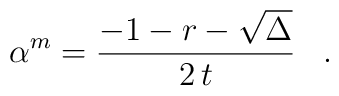
\alpha^m = \frac{-1-r-\sqrt{\Delta}}{2 \, t} \;\;\; .